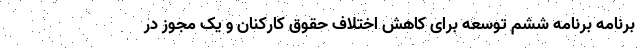
برنامه برنامه ششم توسعه برای کاهش اختلاف حقوق کارکنان و یک مجوز در